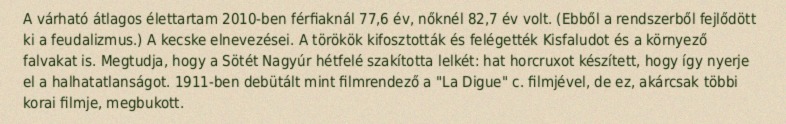
A várható átlagos élettartam 2010-ben férfiaknál 77,6 év, nőknél 82,7 év volt. (Ebből a rendszerből fejlődött ki a feudalizmus.) A kecske elnevezései. A törökök kifosztották és felégették Kisfaludot és a környező falvakat is. Megtudja, hogy a Sötét Nagyúr hétfelé szakította lelkét: hat horcruxot készített, hogy így nyerje el a halhatatlanságot. 1911-ben debütált mint filmrendező a "La Digue" c. filmjével, de ez, akárcsak többi korai filmje, megbukott.